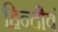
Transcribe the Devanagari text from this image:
हिन्दीेवं